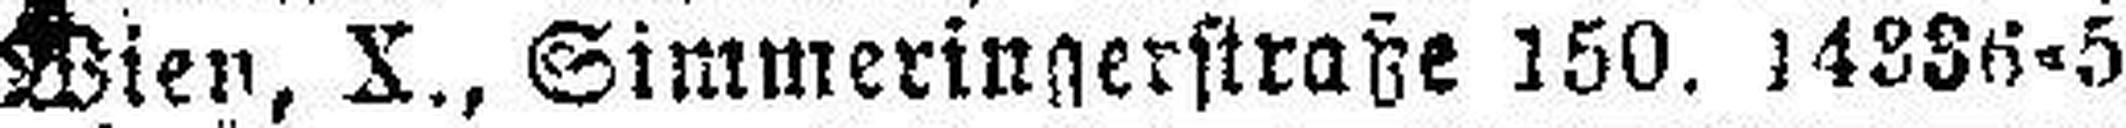
Wien, X., Simmeringerstraße 150. 14336=5